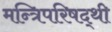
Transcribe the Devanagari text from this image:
मन्त्रिपरिषद्‍थी